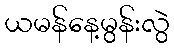
ယမန်နေ့မွန်းလွဲ